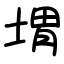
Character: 㙕